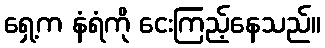
ရှေ့က နံရံကို ငေးကြည့်နေသည်။